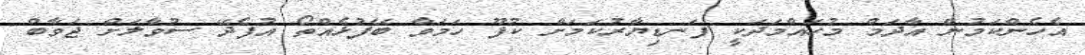
އެހެންކަމުން އާދަމް މުހައްމަދަކީ ފަނޑިޔާރުކަމަށް ކުފޫ ހަމަވާ ބޭފުޅެއްތޯ އުފެދޭ ސުވާލަށް ޖަވާބް